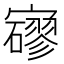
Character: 𡫱